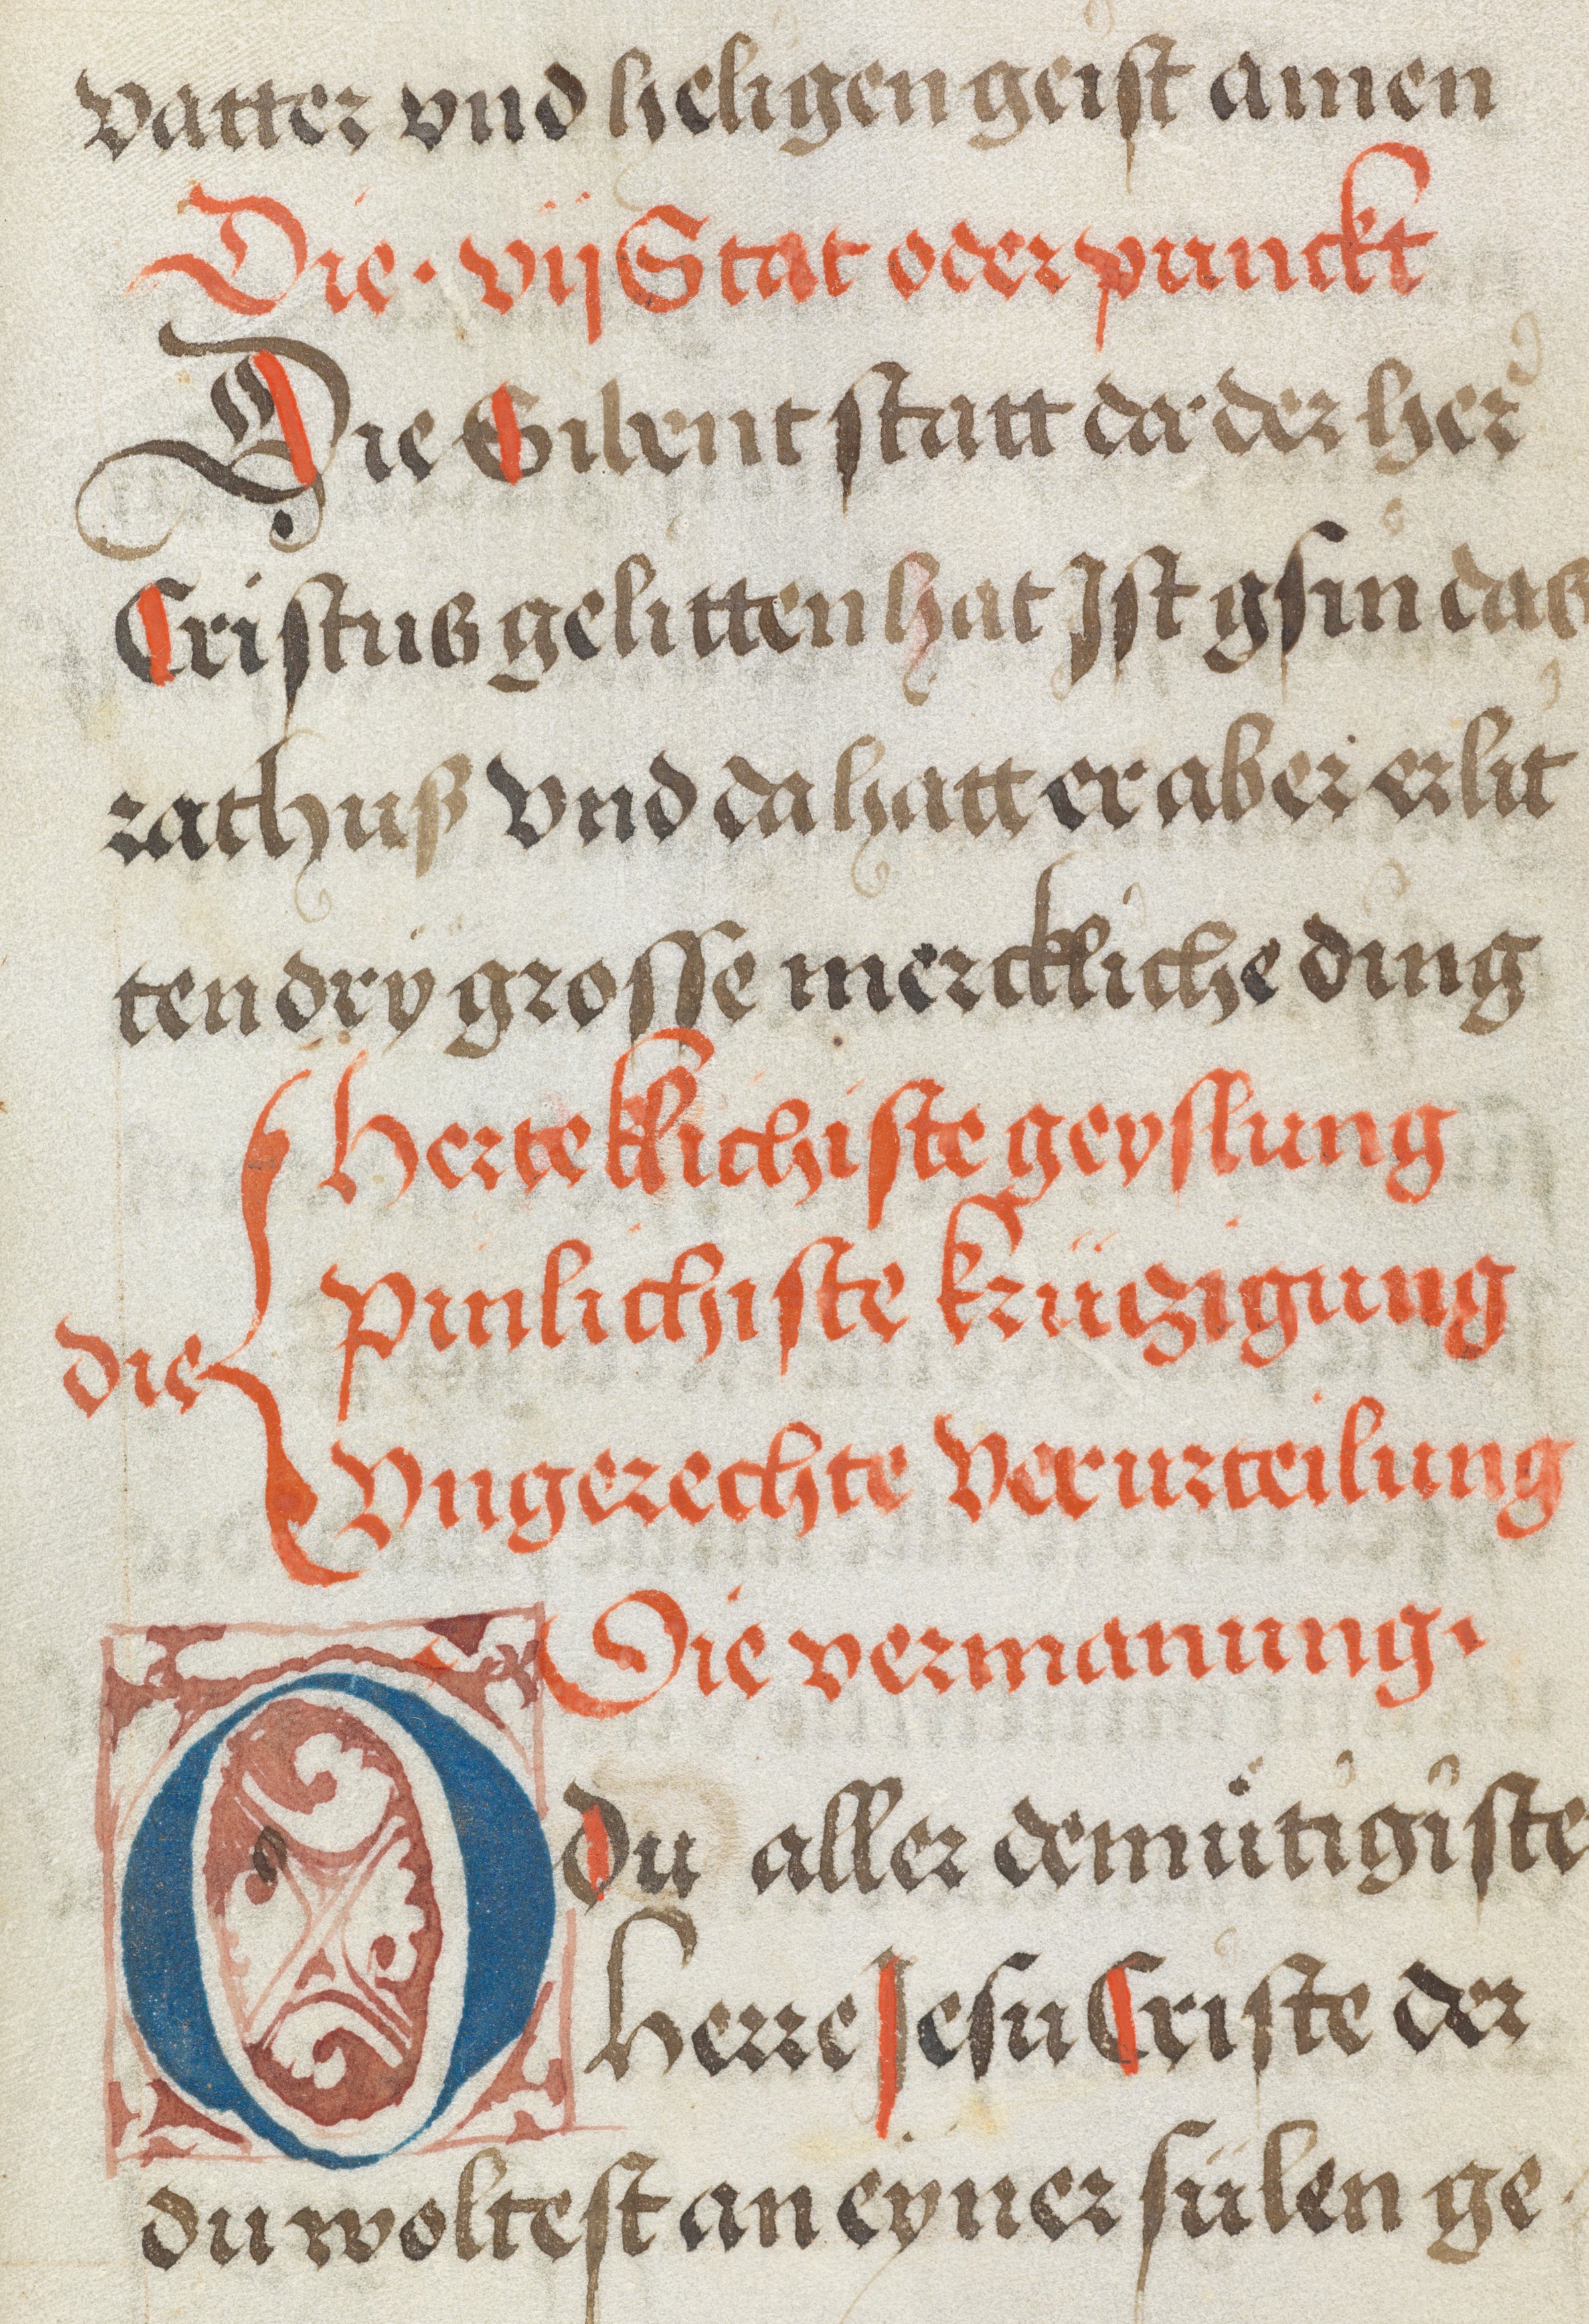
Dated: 1500–1530